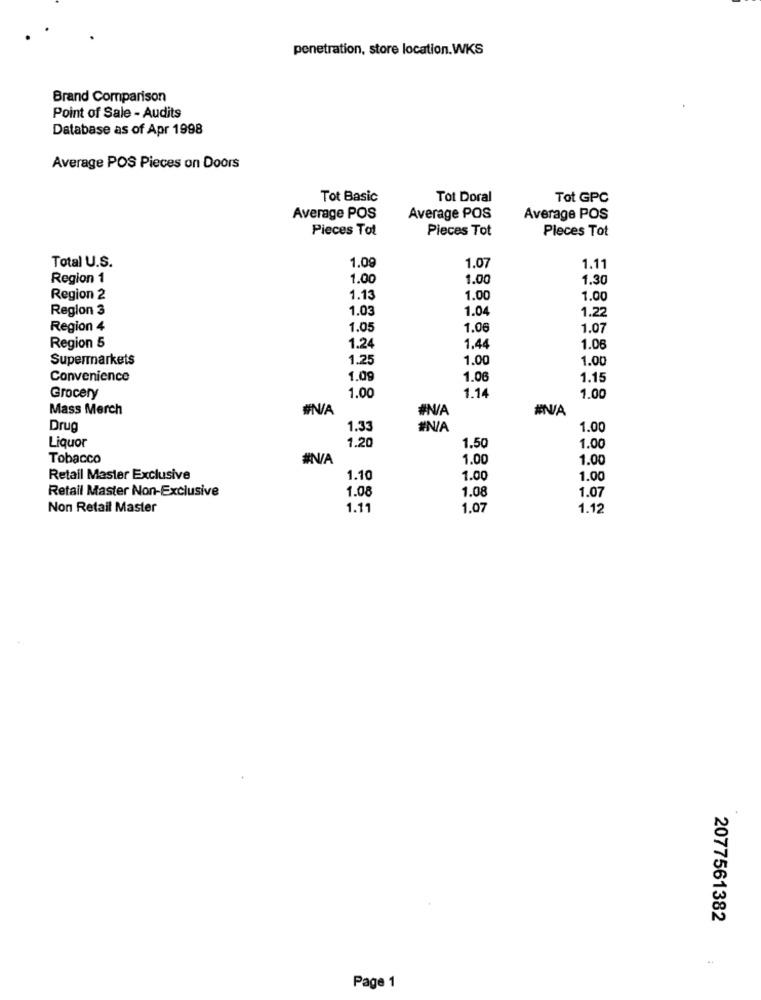
penetration, store location.WKS
Brand Comparison
Point of Sale - Audits
Database as of Apr 1998
Average POS Pieces on Doors
Tot Basic
Tot Doral
Tot GPC
Average POS
Average POS
Average POS
Pieces Tot
Pieces Tot
Pleces Tot
1.09
1.07
Total U.S.
1.11
Region 1
1.00
1.00
1.30
Region 2
1.13
1.00
1.00
Region 3
1.03
1.04
1.22
Region 4
1.05
1.06
1.07
Region 5
1.44
1.24
1.06
Supermarkets
1.25
1.00
1.00
Convenience
1.09
1.06
1.15
Grocery
1.00
1.14
1.00
Mass Merch
#N/A
#N/A
Drup
1.33
#N/A
1.00
Liquor
1.00
1.20
1.50
Tobacco
#N/A
1.00
1.00
Retail Master Exclusive
1.10
1.00
1.00
Retail Master Non-Exclusive
1.08
1.08
1.07
Non Retail Master
1.11
1.07
1.12
2077561382
Page 1